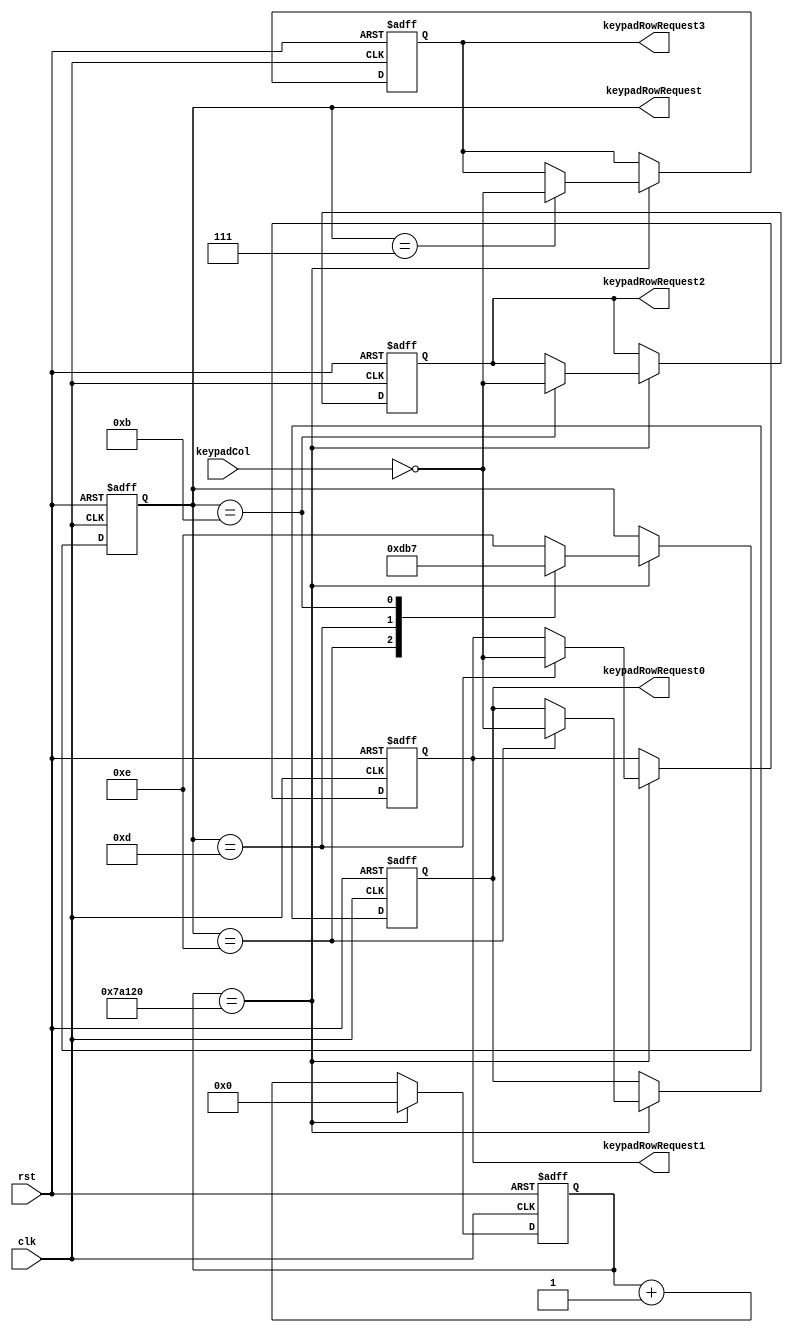
module keypad_driver (
    input clk,
    input rst,
    input [3:0] keypadCol,
    output reg [3:0] keypadRowRequest,
    output reg [3:0] keypadRowRequest0 = 4'd0,
    output reg [3:0] keypadRowRequest1 = 4'd0,
    output reg [3:0] keypadRowRequest2 = 4'd0,
    output reg [3:0] keypadRowRequest3 = 4'd0
);
    reg [31:0] keyadDelay;

    always @(posedge clk or negedge rst) begin
        if (!rst) begin
            keypadRowRequest <= 4'b1110;
            keyadDelay <= 32'd0;
            keypadRowRequest0 <= 4'd0;
            keypadRowRequest1 <= 4'd0;
            keypadRowRequest2 <= 4'd0;
            keypadRowRequest3 <= 4'd0;
        end else begin
            if (keyadDelay == 32'd500000) begin
                keyadDelay <= 0;
                case (keypadRowRequest)
                    8'b1110: keypadRowRequest0 <= ~keypadCol;
                    8'b1101: keypadRowRequest1 <= ~keypadCol;
                    8'b1011: keypadRowRequest2 <= ~keypadCol;
                    8'b0111: keypadRowRequest3 <= ~keypadCol;
                endcase
                case (keypadRowRequest)
                    4'b1110: keypadRowRequest = 4'b1101;
                    4'b1101: keypadRowRequest = 4'b1011;
                    4'b1011: keypadRowRequest = 4'b0111;
                    4'b0111: keypadRowRequest = 4'b1110;
                    default: keypadRowRequest = 4'b1110;
                endcase
            end else keyadDelay <= keyadDelay + 1;
        end
    end
endmodule